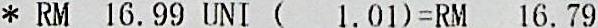
* RM 16.99 UNI (  1.01)=RM 16.79